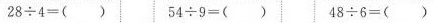
$$2 8 \div 4 = ( )$$ $$5 4 \div 9 = ( )$$ $$4 8 \div 6 = ( )$$